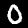
Label: 0